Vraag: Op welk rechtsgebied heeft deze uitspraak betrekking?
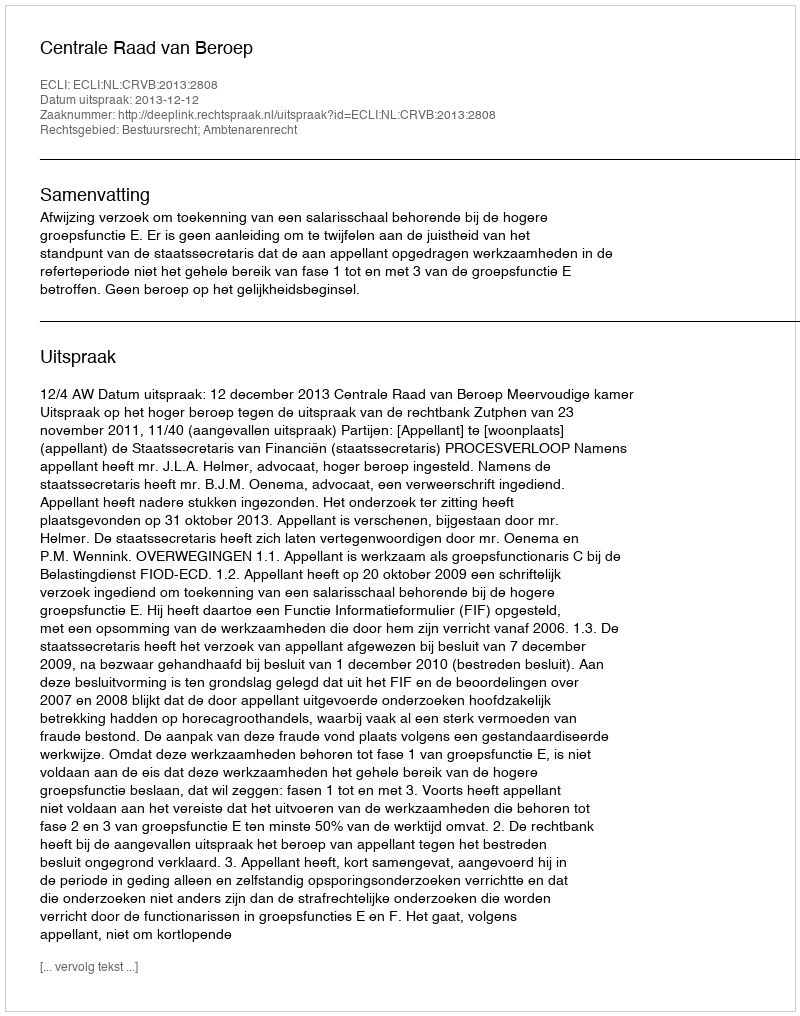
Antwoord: Bestuursrecht; Ambtenarenrecht